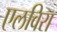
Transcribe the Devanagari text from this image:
एलविरा